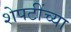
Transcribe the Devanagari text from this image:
शेपटींच्या